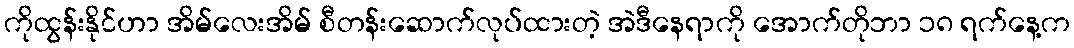
ကိုထွန်းနိုင်ဟာ အိမ်လေးအိမ် စီတန်းဆောက်လုပ်ထားတဲ့ အဲဒီနေရာကို အောက်တိုဘာ ၁၈ ရက်နေ့က